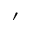
\prime